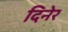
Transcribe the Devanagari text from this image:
दिनेर